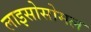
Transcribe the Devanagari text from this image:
लाइसोसोमल